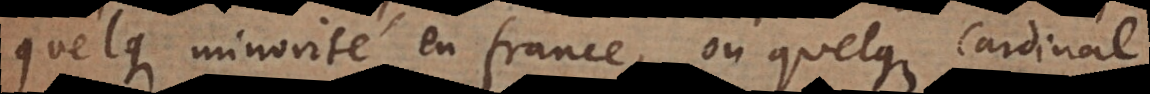
quelque minorité en France, ou quelque Cardinal